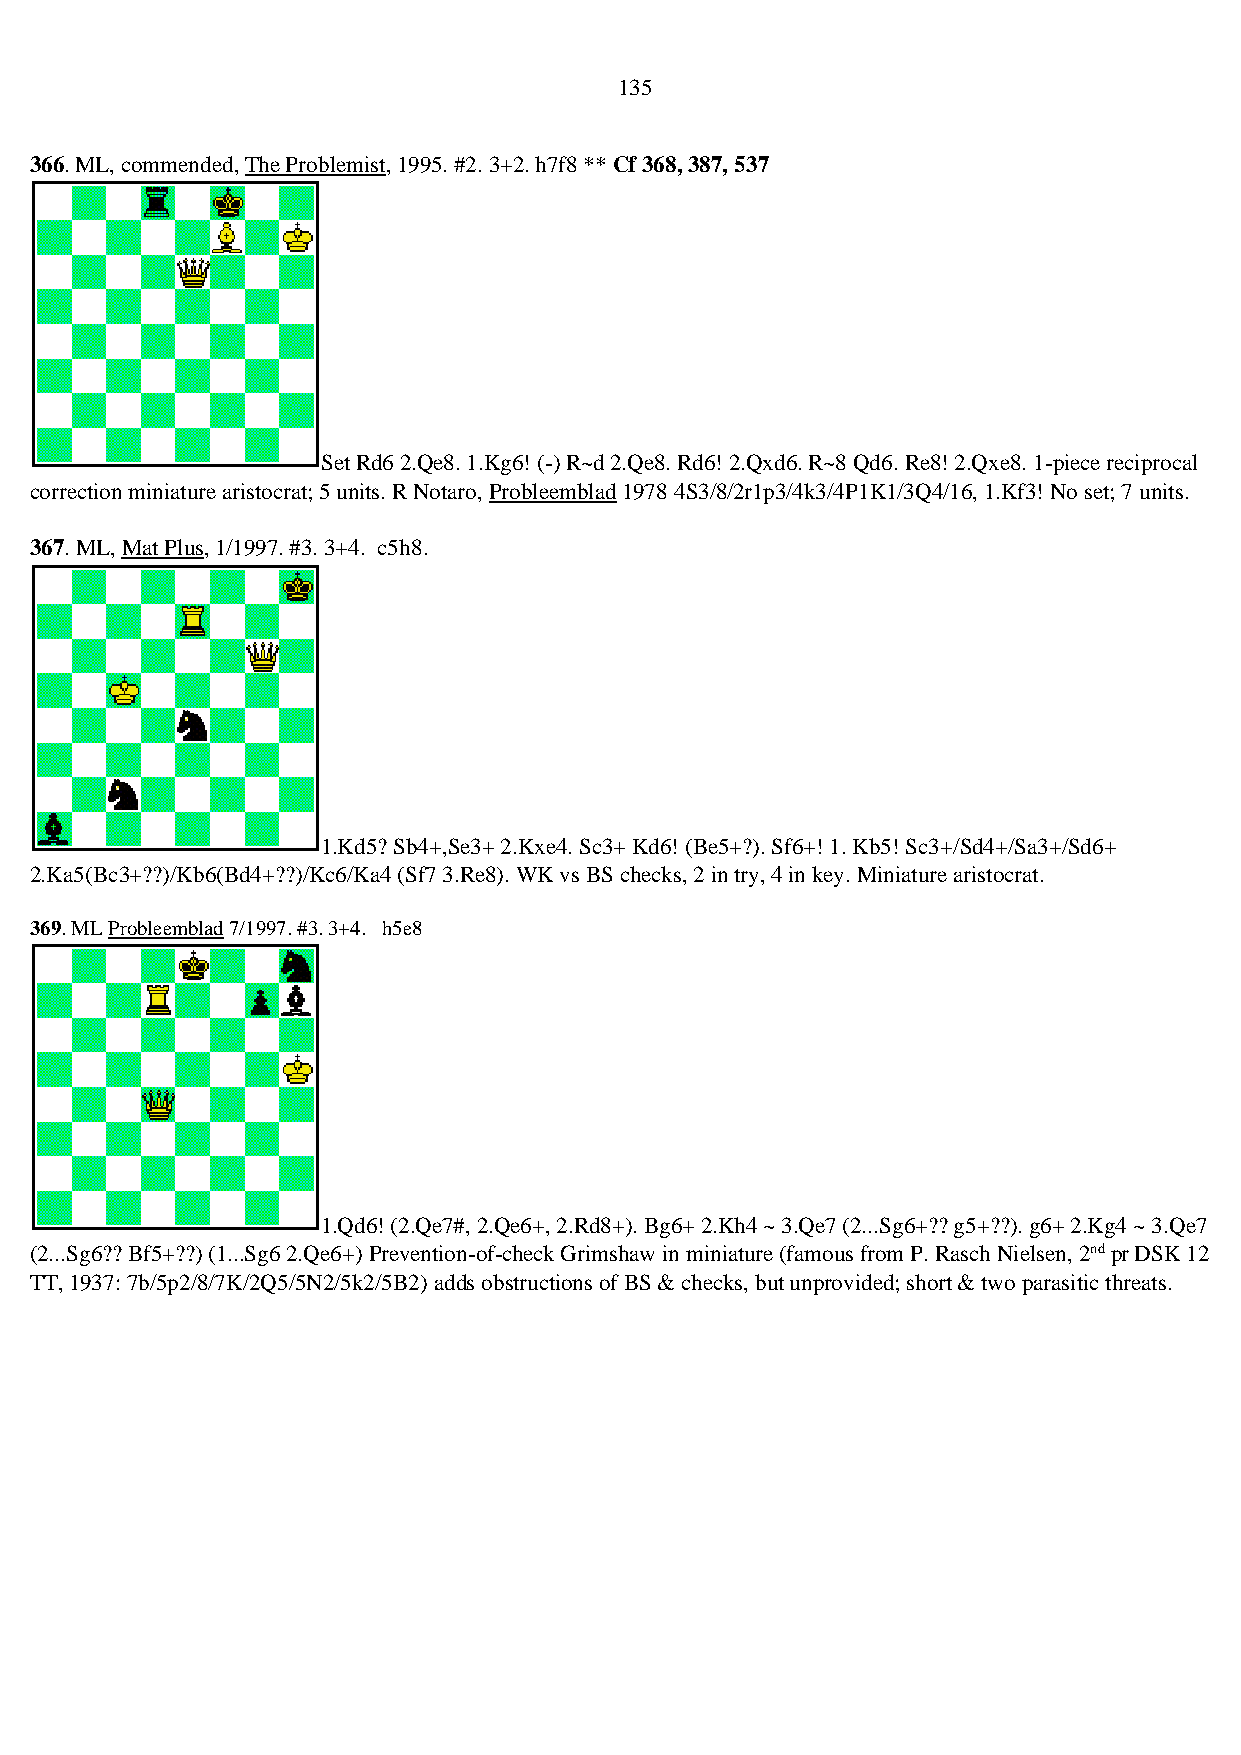
135
 366. ML, commended, The Problemist, 1995. #2. 3+2. h7f8 ** Cf 368, 387, 537
 Set Rd6 2.Qe8. 1.Kg6! (-) R~d 2.Qe8. Rd6! 2.Qxd6. R~8 Qd6. Re8! 2.Qxe8. 1-piece reciprocal
 correction miniature aristocrat; 5 units. R Notaro, Probleemblad 1978 4S3/8/2r1p3/4k3/4P1K1/3Q4/16, 1.Kf3! No set; 7 units.
 367. ML, Mat Plus, 1/1997. #3. 3+4. c5h8.
 1.Kd5? Sb4+,Se3+ 2.Kxe4. Sc3+ Kd6! (Be5+?). Sf6+! 1. Kb5! Sc3+/Sd4+/Sa3+/Sd6+
 2.Ka5(Bc3+??)/Kb6(Bd4+??)/Kc6/Ka4 (Sf7 3.Re8). WK vs BS checks, 2 in try, 4 in key. Miniature aristocrat.
 369. ML Probleemblad 7/1997. #3. 3+4. h5e8
 1.Qd6! (2.Qe7#, 2.Qe6+, 2.Rd8+). Bg6+ 2.Kh4 ~ 3.Qe7 (2...Sg6+?? g5+??). g6+ 2.Kg4 ~ 3.Qe7
 (2...Sg6?? Bf5+??) (1...Sg6 2.Qe6+) Prevention-of-check Grimshaw in miniature (famous from P. Rasch Nielsen, 2nd pr DSK 12
 TT, 1937: 7b/5p2/8/7K/2Q5/5N2/5k2/5B2) adds obstructions of BS & checks, but unprovided; short & two parasitic threats.